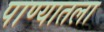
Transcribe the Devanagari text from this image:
पाण्यातला